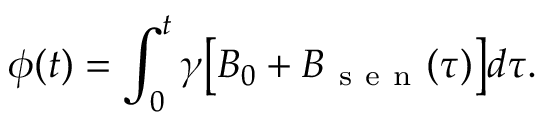
\phi ( t ) = \int _ { 0 } ^ { t } \gamma \big [ B _ { 0 } + B _ { \mathrm { ~ s ~ e ~ n ~ } } ( \tau ) \big ] d \tau .